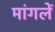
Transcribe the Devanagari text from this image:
मांगलें